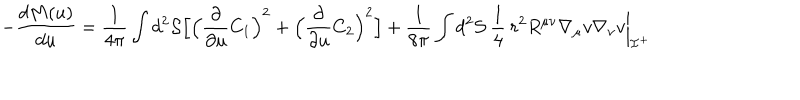
- \frac { d M ( u ) } { d u } = \frac { 1 } { 4 \pi } \int d ^ { 2 } { \cal S } \Bigl [ \Bigl ( \frac { \partial } { \partial u } C _ { 1 } \Bigr ) ^ { 2 } + \Bigl ( \frac { \partial } { \partial u } C _ { 2 } \Bigr ) ^ { 2 } \Bigr ] + \frac { 1 } { 8 \pi } \int d ^ { 2 } { \cal S } \: \frac { 1 } { 4 } \: r ^ { 2 } R ^ { \mu \nu } \nabla _ { \mu } v \nabla _ { \nu } v \biggl | _ { { \cal I } ^ { + } }